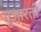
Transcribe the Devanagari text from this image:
गुजारती